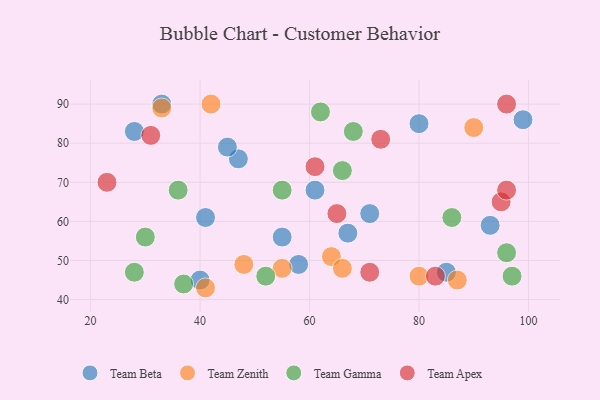
{"axis": {"x": "GDP", "y": "Life Expectancy"}, "legend": ["Team Apex", "Team Beta", "Team Gamma", "Team Zenith"], "data": [{"x": "41", "y": 61, "type": "Team Beta"}, {"x": "58", "y": 49, "type": "Team Beta"}, {"x": "28", "y": 83, "type": "Team Beta"}, {"x": "47", "y": 76, "type": "Team Beta"}, {"x": "85", "y": 47, "type": "Team Beta"}, {"x": "80", "y": 85, "type": "Team Beta"}, {"x": "99", "y": 86, "type": "Team Beta"}, {"x": "33", "y": 90, "type": "Team Beta"}, {"x": "45", "y": 79, "type": "Team Beta"}, {"x": "71", "y": 62, "type": "Team Beta"}, {"x": "61", "y": 68, "type": "Team Beta"}, {"x": "93", "y": 59, "type": "Team Beta"}, {"x": "40", "y": 45, "type": "Team Beta"}, {"x": "67", "y": 57, "type": "Team Beta"}, {"x": "55", "y": 56, "type": "Team Beta"}, {"x": "55", "y": 48, "type": "Team Zenith"}, {"x": "90", "y": 84, "type": "Team Zenith"}, {"x": "48", "y": 49, "type": "Team Zenith"}, {"x": "87", "y": 45, "type": "Team Zenith"}, {"x": "64", "y": 51, "type": "Team Zenith"}, {"x": "33", "y": 89, "type": "Team Zenith"}, {"x": "66", "y": 48, "type": "Team Zenith"}, {"x": "42", "y": 90, "type": "Team Zenith"}, {"x": "80", "y": 46, "type": "Team Zenith"}, {"x": "41", "y": 43, "type": "Team Zenith"}, {"x": "86", "y": 61, "type": "Team Gamma"}, {"x": "52", "y": 46, "type": "Team Gamma"}, {"x": "36", "y": 68, "type": "Team Gamma"}, {"x": "97", "y": 46, "type": "Team Gamma"}, {"x": "28", "y": 47, "type": "Team Gamma"}, {"x": "68", "y": 83, "type": "Team Gamma"}, {"x": "37", "y": 44, "type": "Team Gamma"}, {"x": "30", "y": 56, "type": "Team Gamma"}, {"x": "62", "y": 88, "type": "Team Gamma"}, {"x": "66", "y": 73, "type": "Team Gamma"}, {"x": "55", "y": 68, "type": "Team Gamma"}, {"x": "96", "y": 52, "type": "Team Gamma"}, {"x": "95", "y": 65, "type": "Team Apex"}, {"x": "96", "y": 90, "type": "Team Apex"}, {"x": "23", "y": 70, "type": "Team Apex"}, {"x": "96", "y": 68, "type": "Team Apex"}, {"x": "73", "y": 81, "type": "Team Apex"}, {"x": "71", "y": 47, "type": "Team Apex"}, {"x": "83", "y": 46, "type": "Team Apex"}, {"x": "31", "y": 82, "type": "Team Apex"}, {"x": "65", "y": 62, "type": "Team Apex"}, {"x": "61", "y": 74, "type": "Team Apex"}]}